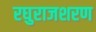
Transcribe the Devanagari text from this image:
रघुराजशरण